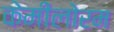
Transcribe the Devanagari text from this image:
केमीलोरम